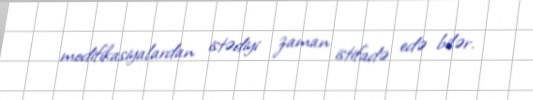
modifikasiyalardan istədiyi zaman istifadə edə bilər.